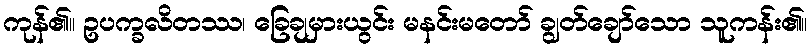
ကုန်၏။ ဥပက္ခလိတဿ၊ ခြေချမှားယွင်း မနင်းမတော် ချွတ်ချော်သော သူကန်း၏။